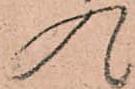
入